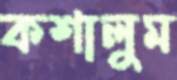
কশালুম